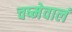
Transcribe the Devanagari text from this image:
चष्मेवालं